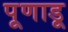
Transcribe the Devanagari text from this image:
पूणाडू